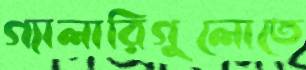
গ্যালারিগুলোতে